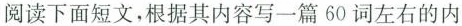
阅读下面短文,根据其内容写一篇60词左右的内